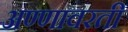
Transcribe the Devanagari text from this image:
अण्णावरती